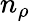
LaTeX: n_{\rho}